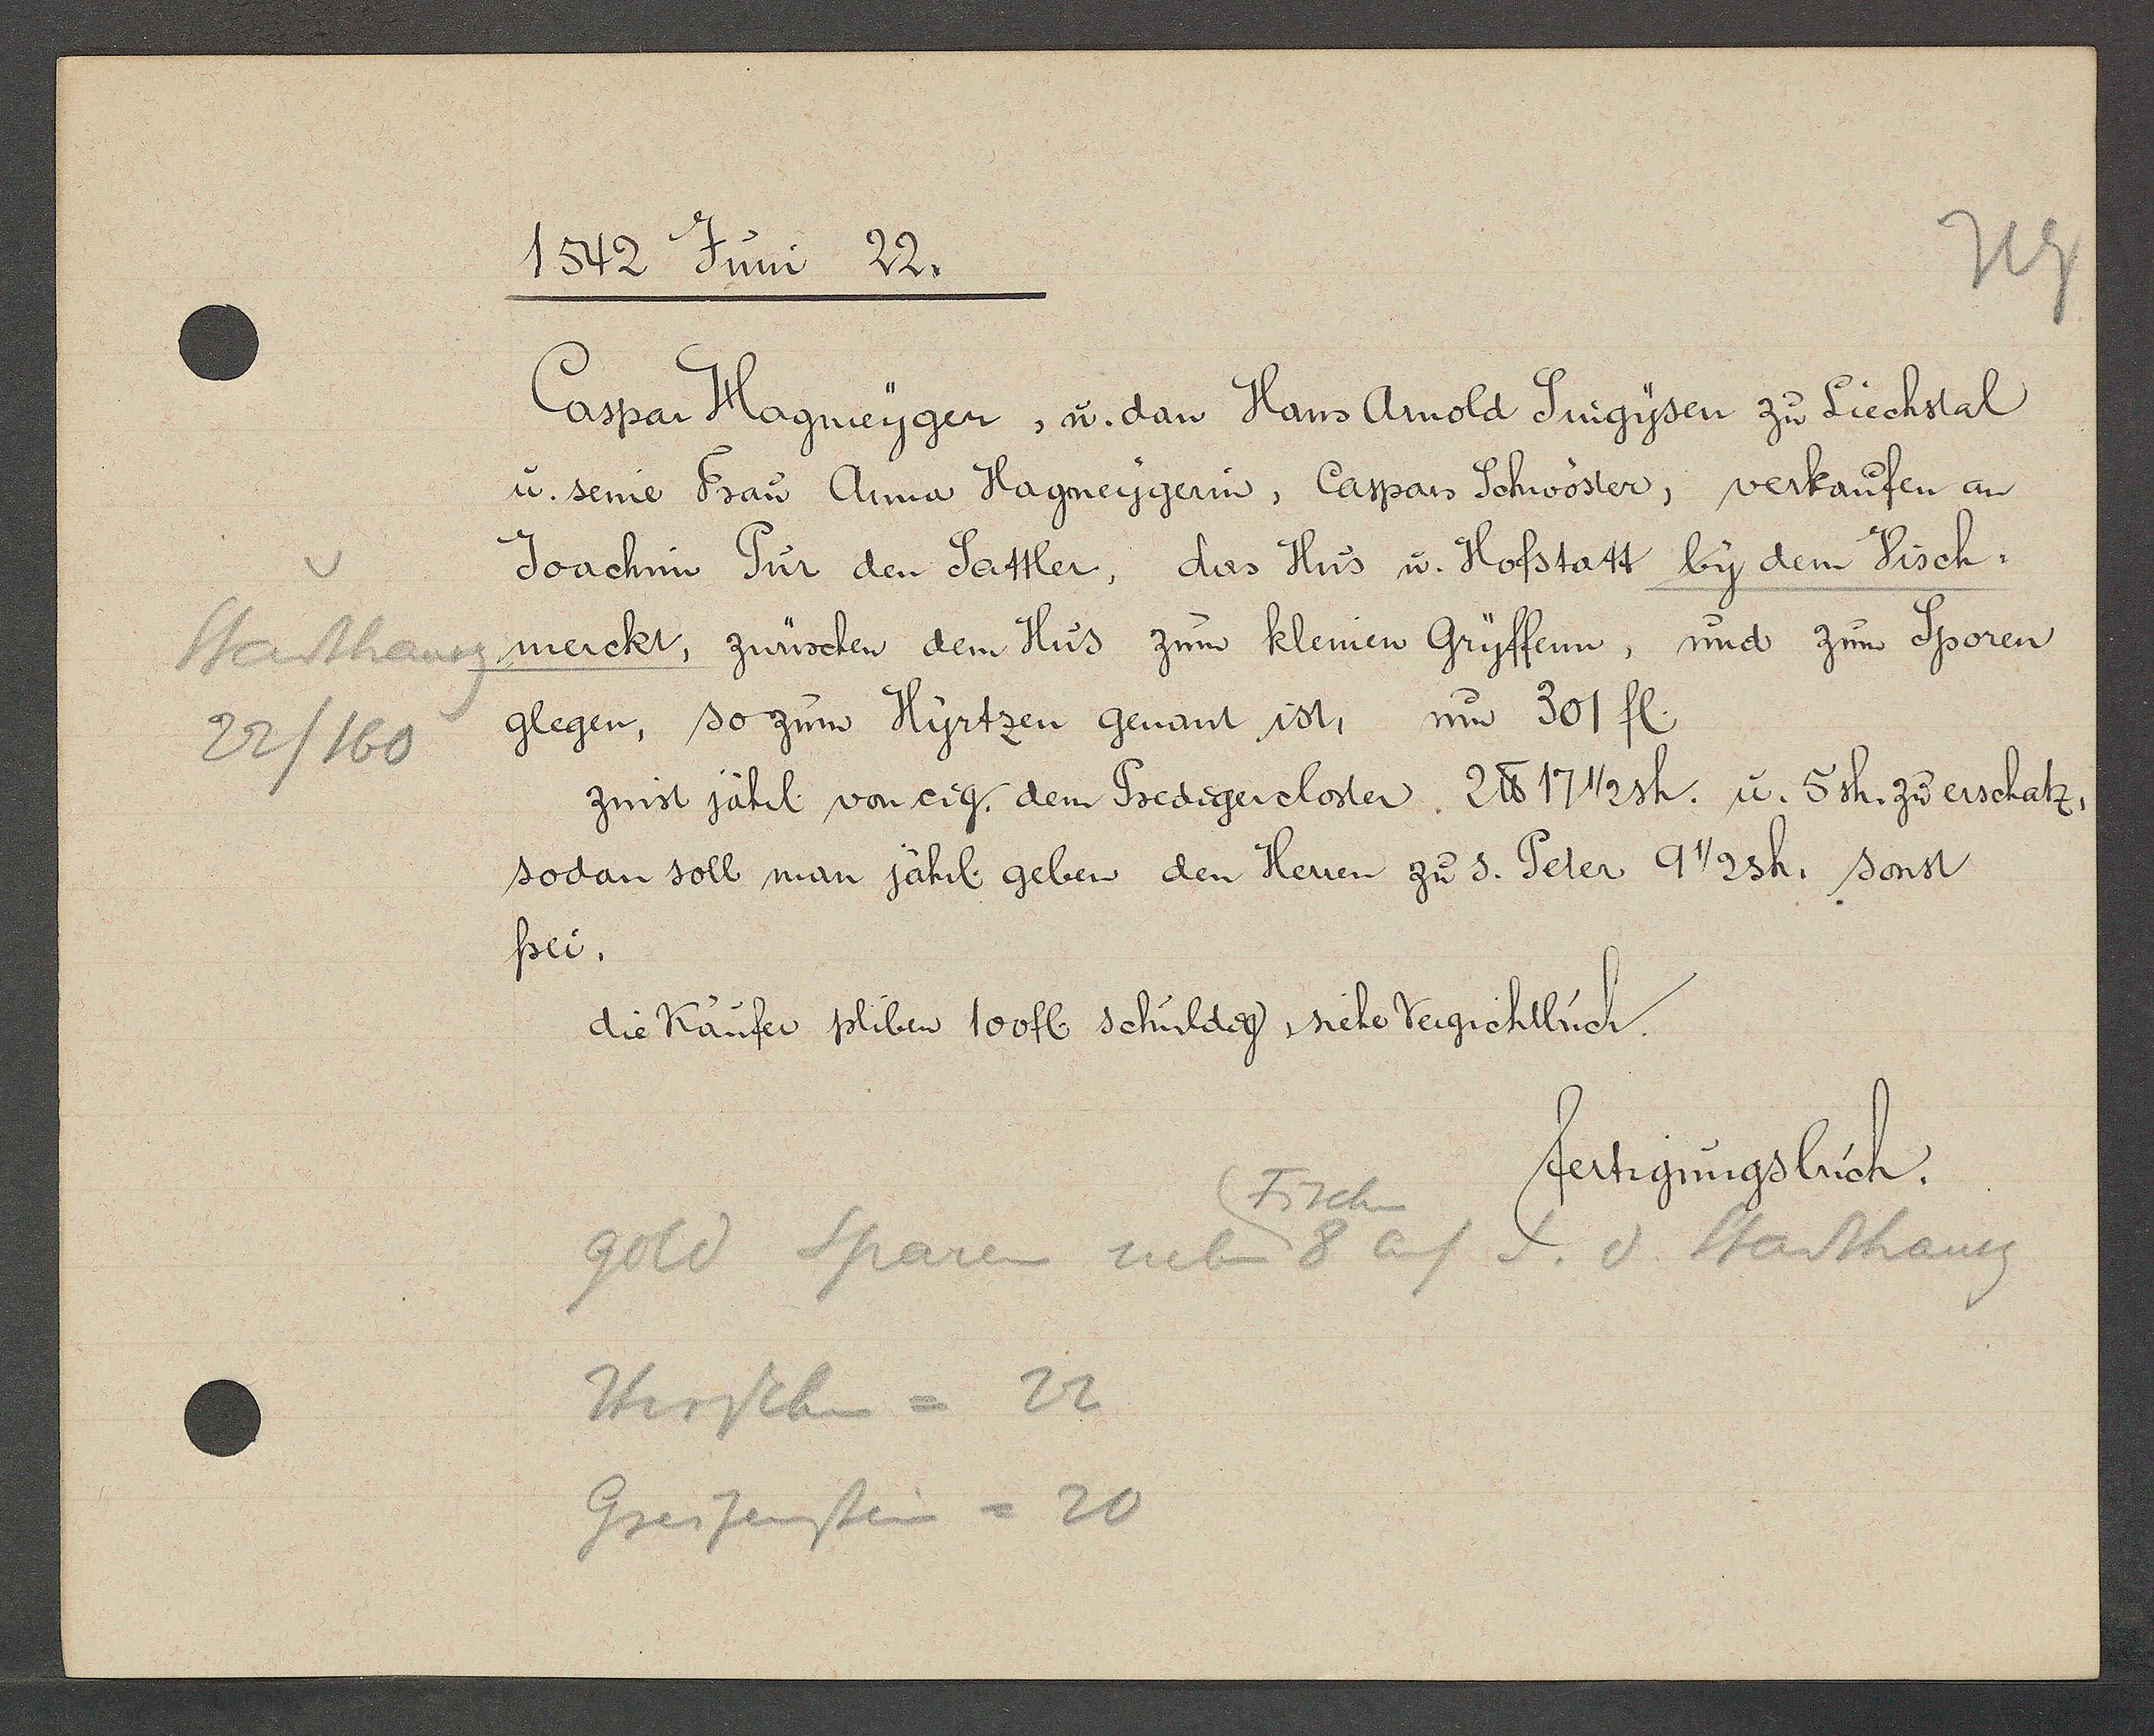
Transcript:
Stadthausg
22/160

1542 Juni 22.

Caspar Hagmeygen, u. dan Hans Arnold Snigysen zu Liechstal
u. seine Frau Anna Hagneygerin, Caspars Schwöster, verkaufen an
Joachin Sür den Sattler, das Hus u. Hofstatt by dem Visch¬
merckt, zwüschen dem Hus zum kleinen Gryffenn, und zum Sporen
glegen, so zum Hyrtzen genant ist, um 301 fl.
sodan soll man jährl. geben den Herren zu s. Peter 9 1/2sh. sonst
frei.
zinst jährl von eig. dem Predigercloster. 2 ℔ 17 1/2 sh. u. 5sh zu erschatz.
die Käufer pliben 100 fl. schuldig, siehe Vergichtbuch.

die Käufer plibes 100 fl. schuldg siche Vers. Mtl N.

fertigungsbuch.

gold Sparen neben 8 auf S. d. Stadthausg
Hirschen = 22
Greifenstein = 20
Fisch